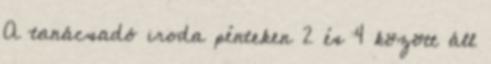
A tanácsadó iroda pénteken 2 és 4 között áll